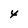
Character: 4